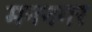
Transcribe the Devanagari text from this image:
मननगर